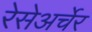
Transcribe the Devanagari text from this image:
रेसेअर्चेर